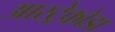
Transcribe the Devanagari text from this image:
आस्ट्रेकोडा